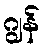
ဂျွန်